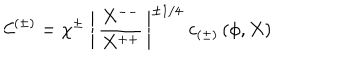
\mathcal { C } ^ { ( \pm ) } = \chi ^ { \pm } \; \left\vert \, \frac { X ^ { -- } } { X ^ { + + } } \, \right\vert ^ { \pm 1 / 4 } \; c _ { ( \pm ) } \, ( \phi , X )